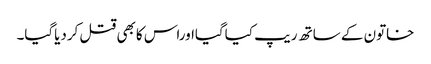
خاتون کے ساتھ ریپ کیاگیااوراس کابھی قتل کردیاگیا۔